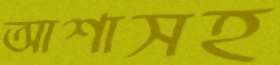
আশাসহ